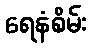
ရေနံစိမ်း